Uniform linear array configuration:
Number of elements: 12
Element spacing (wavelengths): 0.5
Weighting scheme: blackman
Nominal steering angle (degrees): -15
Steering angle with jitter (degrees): -15.104
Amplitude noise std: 0.05
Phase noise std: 0.05

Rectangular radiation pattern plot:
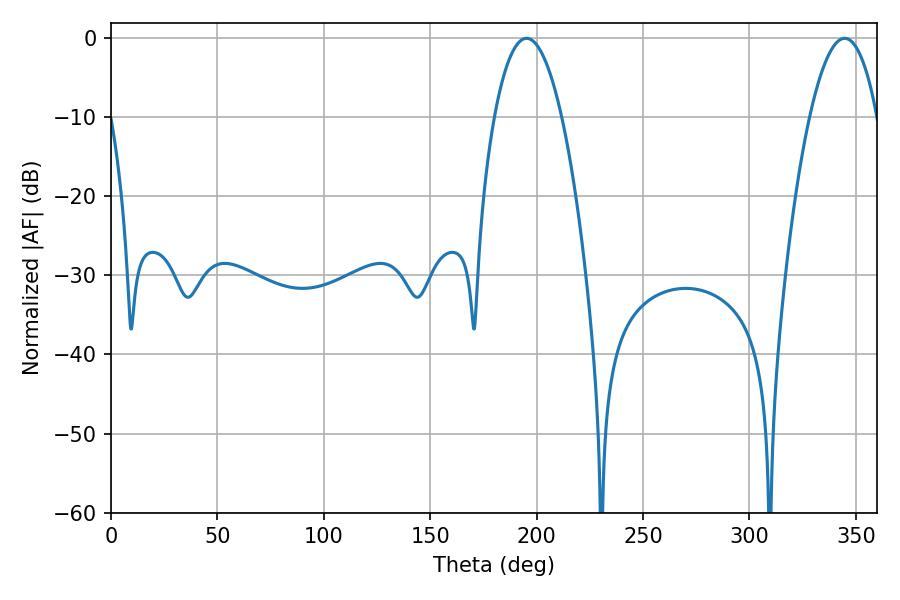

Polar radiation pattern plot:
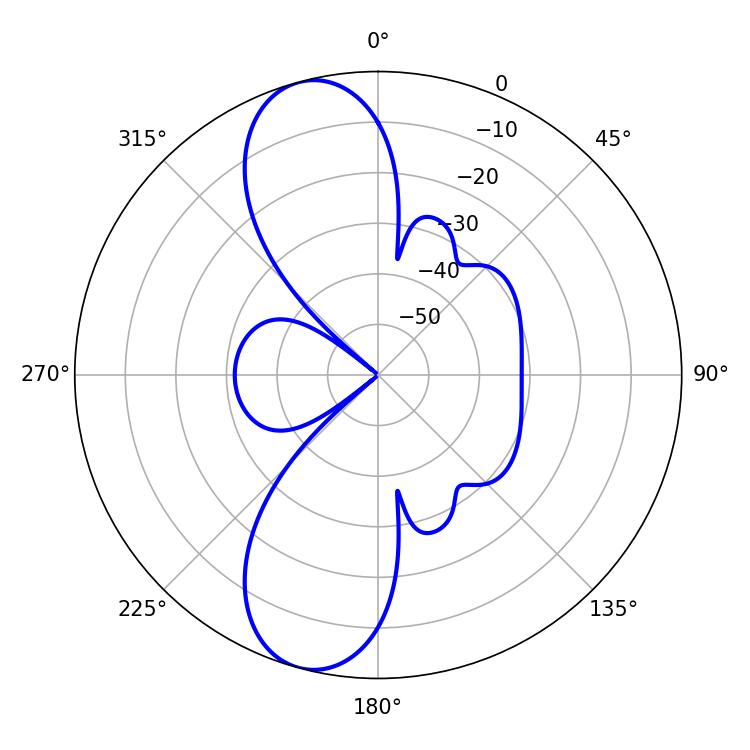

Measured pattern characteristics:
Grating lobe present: FALSE
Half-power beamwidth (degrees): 17.64
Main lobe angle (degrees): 344.7